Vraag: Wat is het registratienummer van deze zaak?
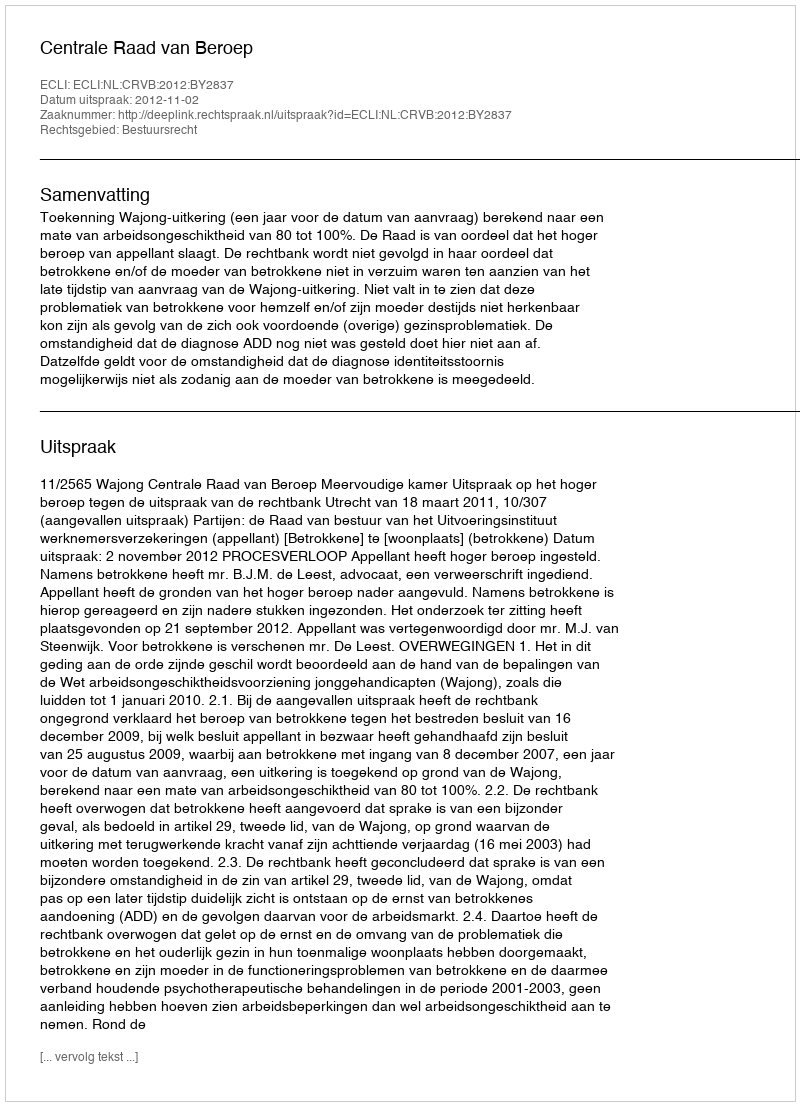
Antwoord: http://deeplink.rechtspraak.nl/uitspraak?id=ECLI:NL:CRVB:2012:BY2837